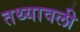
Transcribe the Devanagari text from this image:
तथ्यावली